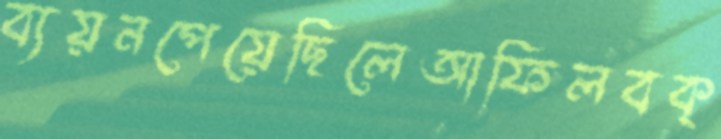
ব্যয়নপেয়েছিলেআফিলবক্